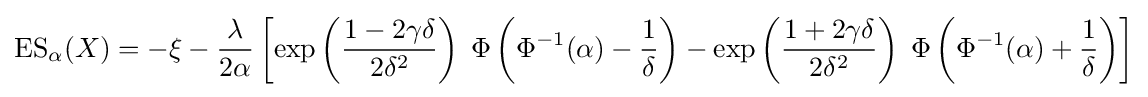
\operatorname {ES} _{\alpha }(X)=-\xi -{\frac {\lambda }{2\alpha }}\left[\exp \left({\frac {1-2\gamma \delta }{2\delta ^{2}}}\right)\;\Phi \left(\Phi ^{-1}(\alpha )-{\frac {1}{\delta }}\right)-\exp \left({\frac {1+2\gamma \delta }{2\delta ^{2}}}\right)\;\Phi \left(\Phi ^{-1}(\alpha )+{\frac {1}{\delta }}\right)\right]